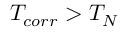
T _ { c o r r } > T _ { N }